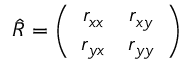
\begin{array} { r } { \hat { R } = \left( \begin{array} { c c } { r _ { x x } } & { r _ { x y } } \\ { r _ { y x } } & { r _ { y y } } \end{array} \right) } \end{array}